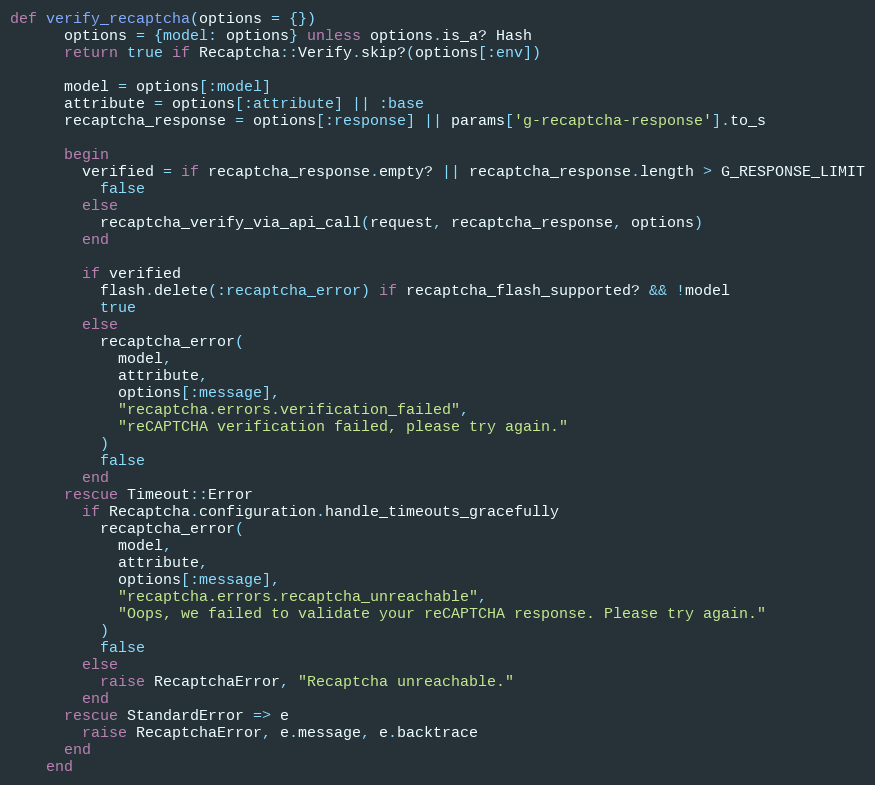
Language: Ruby
def verify_recaptcha(options = {})
      options = {model: options} unless options.is_a? Hash
      return true if Recaptcha::Verify.skip?(options[:env])

      model = options[:model]
      attribute = options[:attribute] || :base
      recaptcha_response = options[:response] || params['g-recaptcha-response'].to_s

      begin
        verified = if recaptcha_response.empty? || recaptcha_response.length > G_RESPONSE_LIMIT
          false
        else
          recaptcha_verify_via_api_call(request, recaptcha_response, options)
        end

        if verified
          flash.delete(:recaptcha_error) if recaptcha_flash_supported? && !model
          true
        else
          recaptcha_error(
            model,
            attribute,
            options[:message],
            "recaptcha.errors.verification_failed",
            "reCAPTCHA verification failed, please try again."
          )
          false
        end
      rescue Timeout::Error
        if Recaptcha.configuration.handle_timeouts_gracefully
          recaptcha_error(
            model,
            attribute,
            options[:message],
            "recaptcha.errors.recaptcha_unreachable",
            "Oops, we failed to validate your reCAPTCHA response. Please try again."
          )
          false
        else
          raise RecaptchaError, "Recaptcha unreachable."
        end
      rescue StandardError => e
        raise RecaptchaError, e.message, e.backtrace
      end
    end